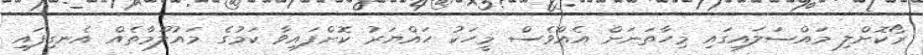
ރޯކޮށްލި މައްސަލައިގައި މިހާތަނަށް އެއްވެސް މީހަކު ހައްޔަރު ކޮށްފައިވާ ކަމުގެ މައުލޫމާތެއް އެނގިފައި